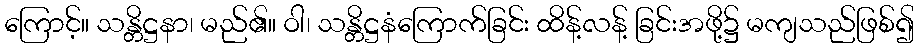
ကြောင့်။ သန္တိဋ္ဌနာ၊ မည်၏။ ဝါ၊ သန္တိဋ္ဌနံကြောက်ခြင်း ထိန့်လန့် ခြင်းအဖို့၌ မကျသည်ဖြစ်၍